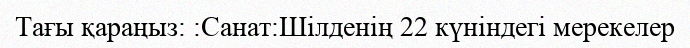
Тағы қараңыз: :Санат:Шілденің 22 күніндегі мерекелер